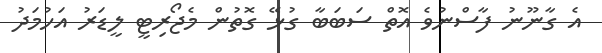
އެ ގާނޫނު ފާސްނުވެ އޮތް ސަބަބާ ގުޅޭ ގޮތުން މެޖޯރިޓީ ލީޑަރު އަހުމަދު